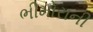
ભીમોરાની